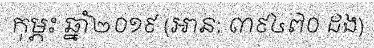
កុម្ភះ ឆ្នាំ២០១៩ (អាន: ៣៩៤៧០ ដង)